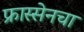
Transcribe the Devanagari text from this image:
फ्रास्सेनचा